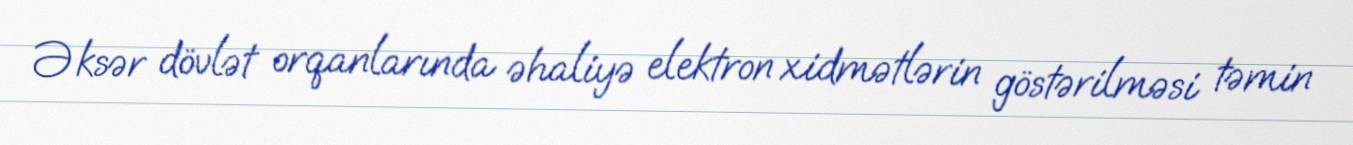
Əksər dövlət orqanlarında əhaliyə elektron xidmətlərin göstərilməsi təmin